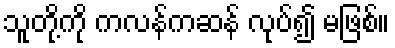
သူတို့ကို ကလန်ကဆန် လုပ်၍ မဖြစ်။